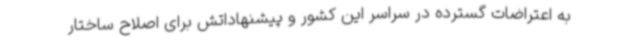
به اعتراضات گسترده در سراسر این کشور و پیشنهاداتش برای اصلاح ساختار